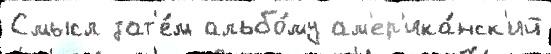
Смысл зат'е́м альбо́му ам'ер'ика́нск'ий